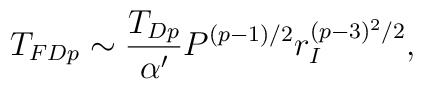
T_{FDp} \sim \frac{T_{Dp}}{\alpha'} P^{(p-1)/2} r_I^{(p-3)^2/2},